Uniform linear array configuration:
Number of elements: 32
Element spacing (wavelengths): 1
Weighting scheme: blackman
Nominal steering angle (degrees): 60
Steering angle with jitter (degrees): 58.655
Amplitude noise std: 0.05
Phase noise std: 0.05

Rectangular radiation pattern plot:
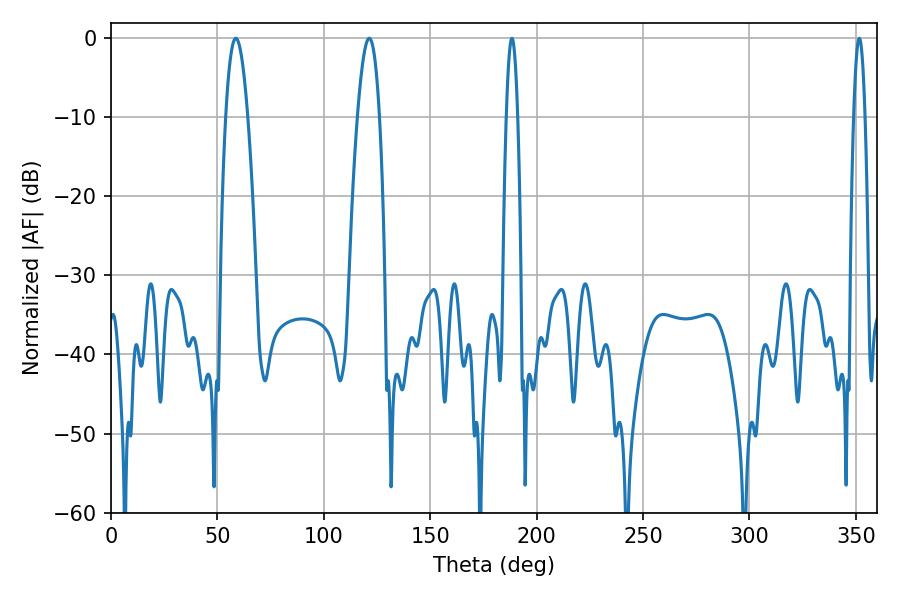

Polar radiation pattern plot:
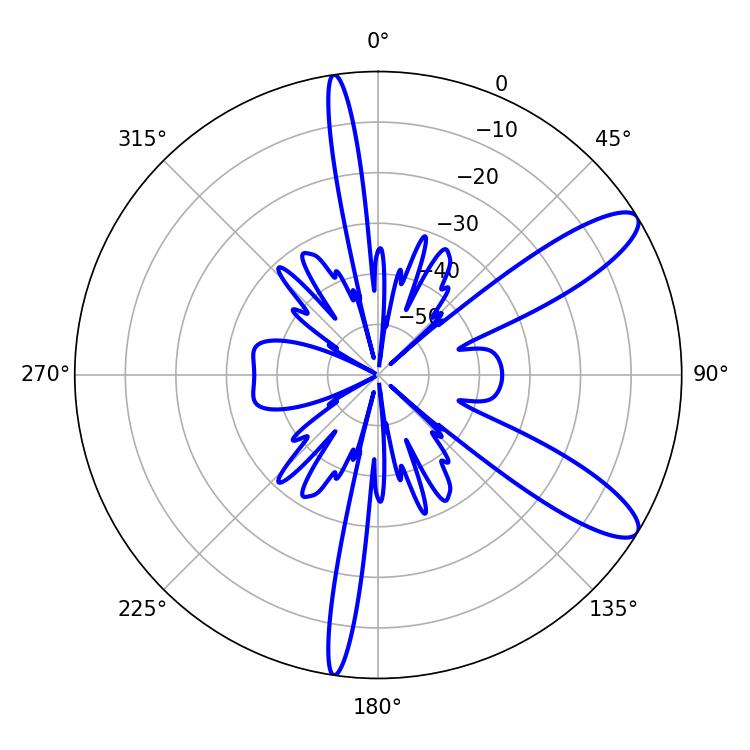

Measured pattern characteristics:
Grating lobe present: TRUE
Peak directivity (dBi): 10.781
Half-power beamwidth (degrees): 5.58
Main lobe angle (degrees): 58.68